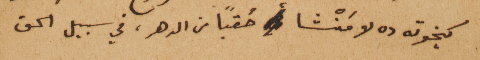
كيخوته ده لا مَنْشا حُقباً من الدهر، في سبيل الحق